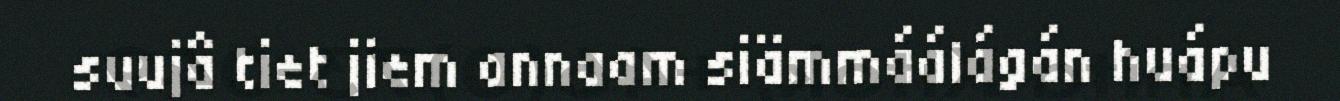
suujâ tiet jiem annaam siämmáálágán huápu